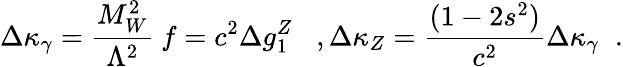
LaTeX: \Delta\kappa_{\gamma}=\frac{M_{W}^{2}}{\Lambda^{2}}~f=c^{2}\Delta g_{1}^{Z}\; \; \; ,\Delta\kappa_{Z}=\frac{(1-2s^{2})}{c^{2}}\Delta\kappa_{\gamma}\; \; .